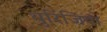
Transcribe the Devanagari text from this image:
थुरिंजिया